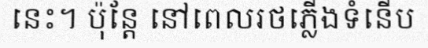
នេះ។ ប៉ុន្តែ នៅពេលរថភ្លើងទំនើប